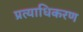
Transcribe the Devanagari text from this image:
प्रत्याधिकरण